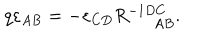
q \varepsilon _ { A B } = - \varepsilon _ { C D } R _ { \; \; A B } ^ { - 1 D C } .